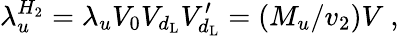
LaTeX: \lambda_{u}^{H_{2}}=\lambda_{u}V_{0}V_{d_{\mathrm{L}}}V_{d_{\mathrm{L}}}^{\prime}=(M_{u}/v_{2})V~,